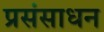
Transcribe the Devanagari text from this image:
प्रसंसाधन